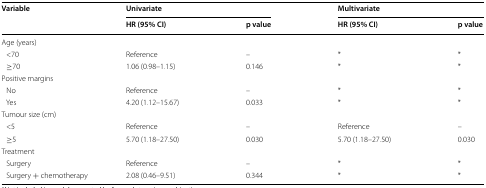
| <ROWSPAN=2> Variable | <COLSPAN=2> Univariate | <COLSPAN=2> Multivariate |
 | HR (95% CI) | p value | HR (95% CI) | p value |
 | --- | --- | --- | --- | --- |
 | <COLSPAN=5> Age (years) |
 | <70 | Reference | – | * | * |
 | ≥70 | 1.06 (0.98–1.15) | 0.146 | * | * |
 | <COLSPAN=5> Positive margins |
 | No | Reference | – | * | * |
 | Yes | 4.20 (1.12–15.67) | 0.033 | * | * |
 | <COLSPAN=5> Tumour size (cm) |
 | <5 | Reference | – | Reference | – |
 | ≥5 | 5.70 (1.18–27.50) | 0.030 | 5.70 (1.18–27.50) | 0.030 |
 | <COLSPAN=5> Treatment |
 | Surgery | Reference | – | * | * |
 | Surgery + chemotherapy | 2.08 (0.46–9.51) | 0.344 | * | * |